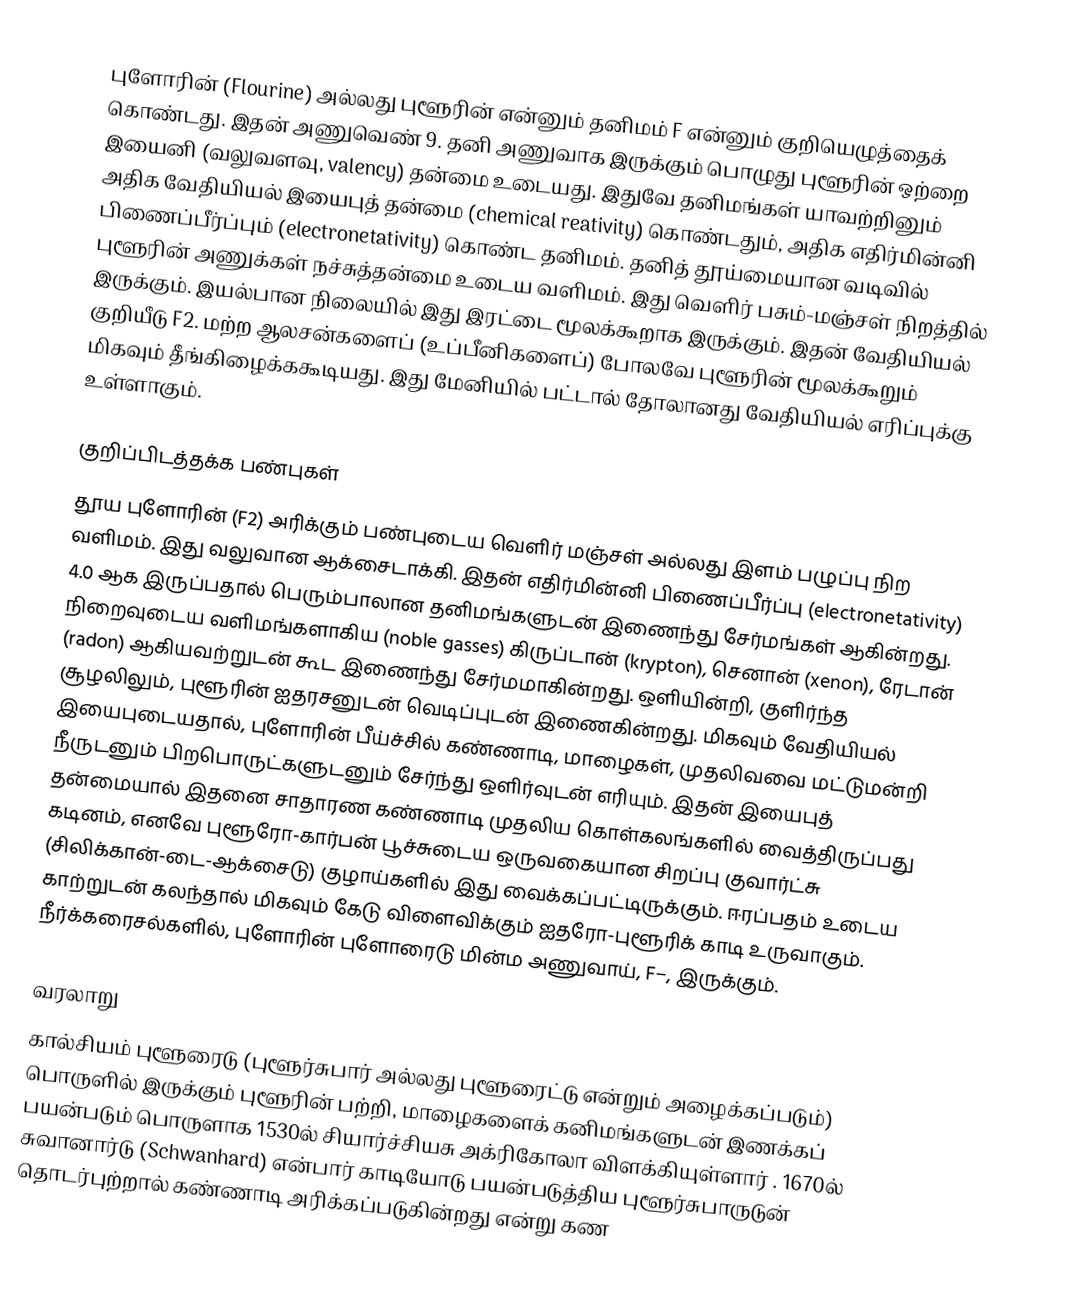
புளோரின் (Flourine)  அல்லது புளூரின் என்னும் தனிமம் F என்னும் குறியெழுத்தைக் கொண்டது. இதன் அணுவெண் 9. தனி அணுவாக இருக்கும் பொழுது புளூரின் ஒற்றை இயைனி (வலுவளவு, valency) தன்மை உடையது. இதுவே தனிமங்கள் யாவற்றினும் அதிக வேதியியல் இயைபுத் தன்மை (chemical reativity) கொண்டதும், அதிக எதிர்மின்னி பிணைப்பீர்ப்பும் (electronetativity) கொண்ட தனிமம். தனித் தூய்மையான வடிவில் புளூரின் அணுக்கள் நச்சுத்தன்மை உடைய வளிமம். இது வெளிர் பசும்-மஞ்சள் நிறத்தில் இருக்கும். இயல்பான நிலையில் இது இரட்டை மூலக்கூறாக இருக்கும். இதன் வேதியியல் குறியீடு F2.  மற்ற ஆலசன்களைப் (உப்பீனிகளைப்) போலவே புளூரின் மூலக்கூறும் மிகவும் தீங்கிழைக்ககூடியது. இது மேனியில் பட்டால் தோலானது வேதியியல் எரிப்புக்கு உள்ளாகும்.

குறிப்பிடத்தக்க பண்புகள்
தூய புளோரின் (F2) அரிக்கும் பண்புடைய வெளிர் மஞ்சள் அல்லது இளம் பழுப்பு நிற வளிமம். இது வலுவான ஆக்சைடாக்கி. இதன் எதிர்மின்னி பிணைப்பீர்ப்பு (electronetativity) 4.0 ஆக இருப்பதால் பெரும்பாலான தனிமங்களுடன் இணைந்து சேர்மங்கள் ஆகின்றது. நிறைவுடைய வளிமங்களாகிய (noble gasses) கிருப்டான் (krypton), செனான் (xenon), ரேடான் (radon) ஆகியவற்றுடன் கூட இணைந்து சேர்மமாகின்றது. ஒளியின்றி, குளிர்ந்த சூழலிலும், புளூரின் ஐதரசனுடன் வெடிப்புடன் இணைகின்றது. மிகவும் வேதியியல் இயைபுடையதால், புளோரின் பீய்ச்சில் கண்ணாடி, மாழைகள், முதலிவவை மட்டுமன்றி நீருடனும் பிறபொருட்களுடனும் சேர்ந்து ஒளிர்வுடன் எரியும். இதன் இயைபுத் தன்மையால் இதனை சாதாரண கண்ணாடி முதலிய கொள்கலங்களில் வைத்திருப்பது கடினம், எனவே புளூரோ-கார்பன் பூச்சுடைய ஒருவகையான சிறப்பு குவார்ட்சு (சிலிக்கான்-டை-ஆக்சைடு) குழாய்களில் இது வைக்கப்பட்டிருக்கும். ஈரப்பதம் உடைய காற்றுடன் கலந்தால் மிகவும் கேடு விளைவிக்கும் ஐதரோ-புளூரிக் காடி உருவாகும். நீர்க்கரைசல்களில், புளோரின் புளோரைடு மின்ம அணுவாய், F−, இருக்கும்.

வரலாறு
கால்சியம் புளூரைடு (புளூர்சுபார் அல்லது புளூரைட்டு என்றும் அழைக்கப்படும்) பொருளில் இருக்கும் புளூரின் பற்றி, மாழைகளைக் கனிமங்களுடன் இணக்கப் பயன்படும் பொருளாக  1530ல் சியார்ச்சியசு அக்ரிகோலா விளக்கியுள்ளார் . 1670ல் சுவானார்டு (Schwanhard) என்பார் காடியோடு பயன்படுத்திய புளூர்சுபாருடுன் தொடர்புற்றால் கண்ணாடி அரிக்கப்படுகின்றது என்று கண